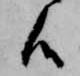
候